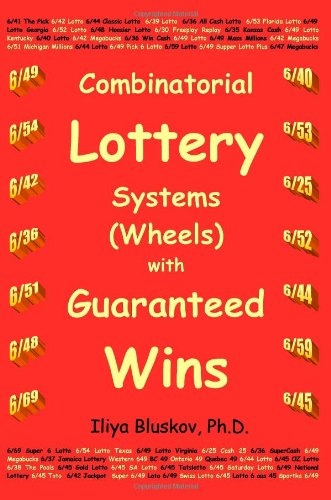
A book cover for Combinatorial Lottery Systems (Wheels) with Guaranteed Wins; Iliya Bluskov; Humor & Entertainment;